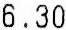
6.30